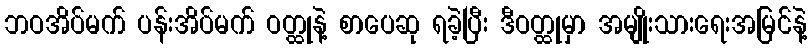
ဘဝအိပ်မက် ပန်းအိပ်မက် ဝတ္ထုနဲ့ စာပေဆု ရခဲ့ပြီး ဒီဝတ္ထုမှာ အမျိုးသားရေးအမြင်နဲ့